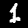
Label: 1